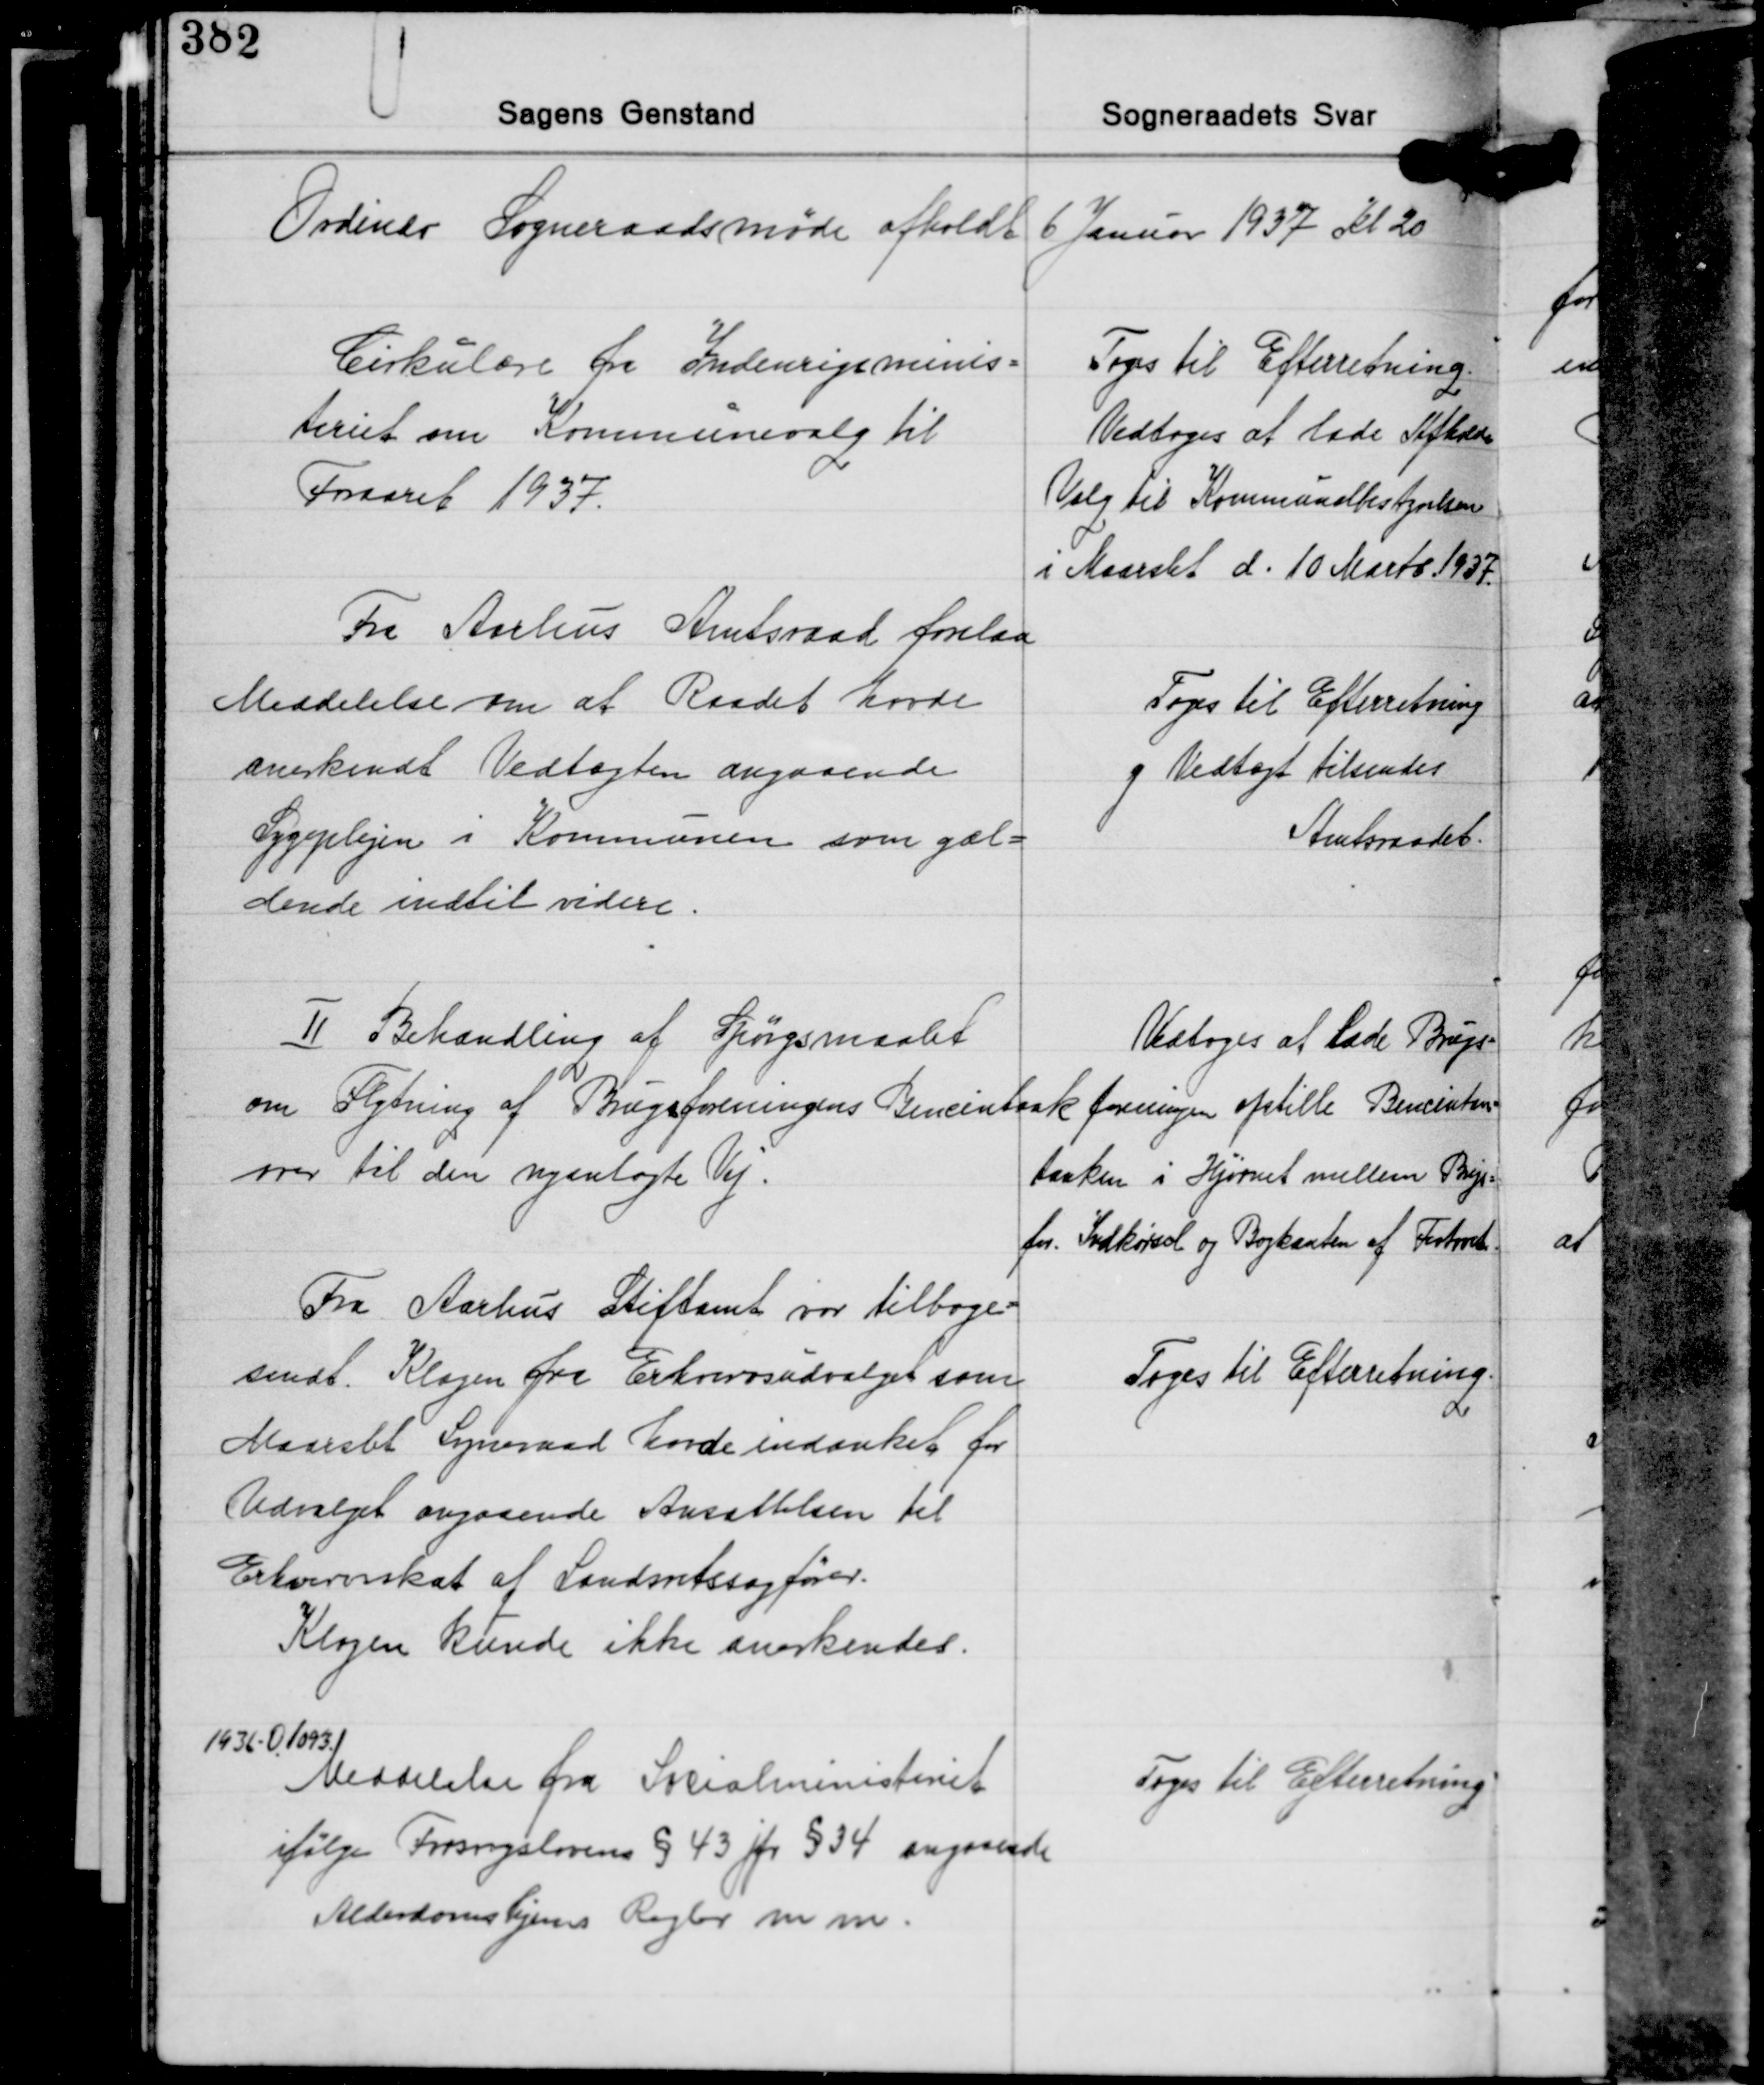
Transskription:
Ordinær Sogneraadsmøde afholdt 6 Januar 1937 Kl 20

Cirkulære fra Indenrigsminis-
teriet om Kommunevalg til
Foraaret 1937.

Toges til Efterretning.
Vedtoges at lade Afholde
Valg til Kommunalbestyrelsen
i Maarslet d. 10 Marts 1937

Fra Aarhus Amtsraad forelaa
Meddelelse om at Raadet havde
anerkendt Vedtægten angaaende
Sygeplejen i Kommunen som gæl-
dende indtil videre.

Toges til Efterretning
og Vedtægt tilsendes
Amtsraadet.

Ⅱ Behandling af Spørgsmaalet
om Flytning af Brugsforeningens Bencintank
over til den nyanlagte Vej.

Vedtoges at lade Brugs-
foreningen opstille Bencintan-
tanken i Hjørnet mellem Brugs-
for. Indkørsel og Bagkanten af Fortovet.

Fra Aarhus Stiftamt var tilbage-
sendt. Klagen fra Erhvervsudvalget som
Maarslet Sogneraad havde indanket for
Udvalget angaaende Ansættelsen til
Erhvervsskat af Landsretssagfører.
Klagen kunde ikke anerkendes.

Toges til Efterretning.

1936-O.1093
Meddelelse fra Socialministeriet
ifølge Forsorgslovens § 43 jfr. § 34 angaaende
Alderdomshjems Regler m.m.

Toges til Efterretning.